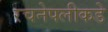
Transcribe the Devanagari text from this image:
रचनेपलीकडे